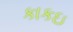
કાકઇ